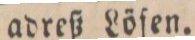
adreß Löfen.